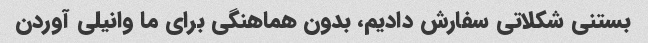
بستنی شکلاتی سفارش دادیم، بدون هماهنگی برای ما وانیلی آوردن